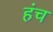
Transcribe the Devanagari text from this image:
हंच